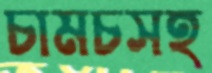
চামচসহ